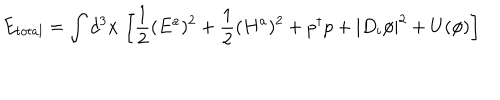
E _ { t o t a l } = \int d ^ { 3 } x \, \left[ \frac { 1 } { 2 } ( E ^ { a } ) ^ { 2 } + \frac { 1 } { 2 } ( H ^ { a } ) ^ { 2 } + p ^ { \dagger } p + | D _ { i } \phi | ^ { 2 } + U ( \phi ) \right]